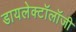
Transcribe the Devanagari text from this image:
डायलेक्टॉलॉजी